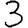
Digit: 3